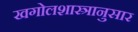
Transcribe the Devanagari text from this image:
खगोलशास्त्रानुसार